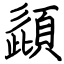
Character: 頿